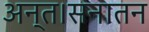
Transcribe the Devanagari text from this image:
अन्त।सनातन